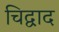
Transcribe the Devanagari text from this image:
चिद्वाद